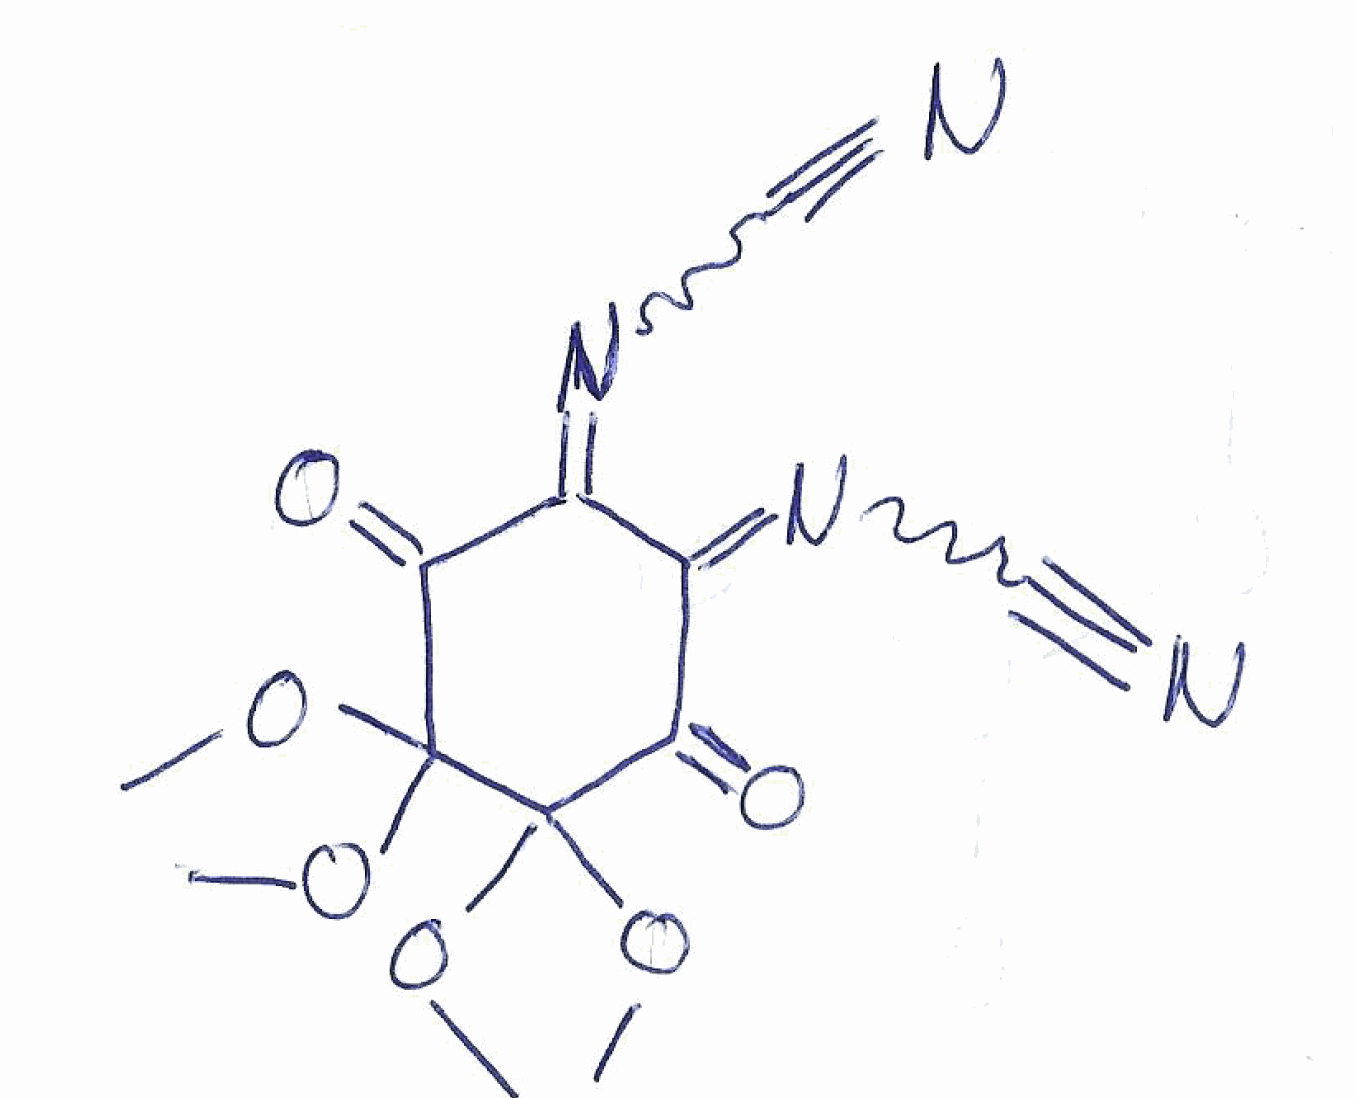
Simplified molecular-input line-entry system (SMILES) notation of the given molecule:
COC1(C(=O)C(=NC#N)C(=NC#N)C(=O)C1(OC)OC)OC